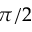
\pi / 2